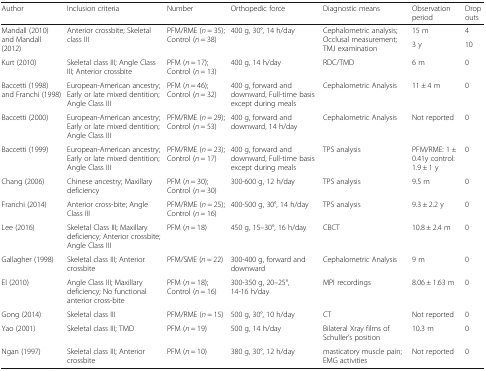
<table><thead><tr><td><b>Author</b></td><td><b>Inclusion criteria</b></td><td><b>Number</b></td><td><b>Orthopedic force</b></td><td><b>Diagnostic means</b></td><td><b>Observation period</b></td><td><b>Drop outs</b></td></tr></thead><tbody><tr><td rowspan="2">Mandall (2010) and Mandall (2012)</td><td rowspan="2">Anterior crossbite; Skeletal class III</td><td rowspan="2">PFM/RME (<i>n</i> = 35); Control (<i>n</i> = 38)</td><td rowspan="2">400 g, 30°, 14 h/day</td><td rowspan="2">Cephalometric analysis; Occlusal measurement; TMJ examination</td><td>15 m</td><td>4</td></tr><tr><td>3 y</td><td>10</td></tr><tr><td>Kurt (2010)</td><td>Skeletal class III; Angle Class III; Anterior crossbite</td><td>PFM (<i>n</i> = 17); Control (<i>n</i> = 13)</td><td>400 g, 14 h/day</td><td>RDC/TMD</td><td>6 m</td><td>0</td></tr><tr><td>Baccetti (1998) and Franchi (1998)</td><td>European-American ancestry; Early or late mixed dentition; Angle Class III</td><td>PFM (<i>n</i> = 46); Control (<i>n</i> = 32)</td><td>400 g, forward and downward, Full-time basis except during meals</td><td>Cephalometric Analysis</td><td>11 ± 4 m</td><td>0</td></tr><tr><td>Baccetti (2000)</td><td>European-American ancestry; Early or late mixed dentition; Angle Class III</td><td>PFM/RME (<i>n</i> = 29); Control (<i>n</i> = 53)</td><td>400 g, forward and downward, 14 h/day</td><td>Cephalometric Analysis</td><td>Not reported</td><td>0</td></tr><tr><td>Baccetti (1999)</td><td>European-American ancestry; Early or late mixed dentition; Angle Class III</td><td>PFM/RME (<i>n</i> = 23); Control (<i>n</i> = 17)</td><td>400 g, forward and downward, Full-time basis except during meals</td><td>TPS analysis</td><td>PFM/RME: 1 ± 0.41y control: 1.9 ± 1 y</td><td>0</td></tr><tr><td>Chang (2006)</td><td>Chinese ancestry; Maxillary deficiency</td><td>PFM (<i>n</i> = 30); Control (<i>n</i> = 30)</td><td>300-600 g, 12 h/day</td><td>TPS analysis</td><td>9.5 m</td><td>0</td></tr><tr><td>Franchi (2014)</td><td>Anterior cross-bite; Angle Class III</td><td>PFM/RME (<i>n</i> = 25); Control (<i>n</i> = 16)</td><td>400-500 g, 30°, 14 h/day</td><td>TPS analysis</td><td>9.3 ± 2.2 y</td><td>0</td></tr><tr><td>Lee (2016)</td><td>Skeletal Class III; Maxillary deficiency; Anterior crossbite; Angle Class III</td><td>PFM (<i>n</i> = 18)</td><td>450 g, 15–30°, 16 h/day</td><td>CBCT</td><td>10.8 ± 2.4 m</td><td>0</td></tr><tr><td>Gallagher (1998)</td><td>Skeletal class III; Anterior crossbite</td><td>PFM/SME (<i>n</i> = 22)</td><td>300-400 g, forward and downward</td><td>Cephalometric Analysis</td><td>9 m</td><td>0</td></tr><tr><td>EI (2010)</td><td>Angle Class III; Maxillary deficiency; No functional anterior cross-bite</td><td>PFM (<i>n</i> = 18); Control (<i>n</i> = 16)</td><td>300-350 g, 20–25°, 14-16 h/day</td><td>MPI recordings</td><td>8.06 ± 1.63 m</td><td>0</td></tr><tr><td>Gong (2014)</td><td>Skeletal class III</td><td>PFM/RME (<i>n</i> = 15)</td><td>500 g, 30°, 10 h/day</td><td>CT</td><td>Not reported</td><td>0</td></tr><tr><td>Yao (2001)</td><td>Skeletal class III; TMD</td><td>PFM (<i>n</i> = 19)</td><td>500 g, 14 h/day</td><td>Bilateral Xray films of Schuller’s position</td><td>10.3 m</td><td>0</td></tr><tr><td>Ngan (1997)</td><td>Skeletal class III; Anterior crossbite</td><td>PFM (<i>n</i> = 10)</td><td>380 g, 30°, 12 h/day</td><td>masticatory muscle pain; EMG activities</td><td>Not reported</td><td>0</td></tr></tbody></table>